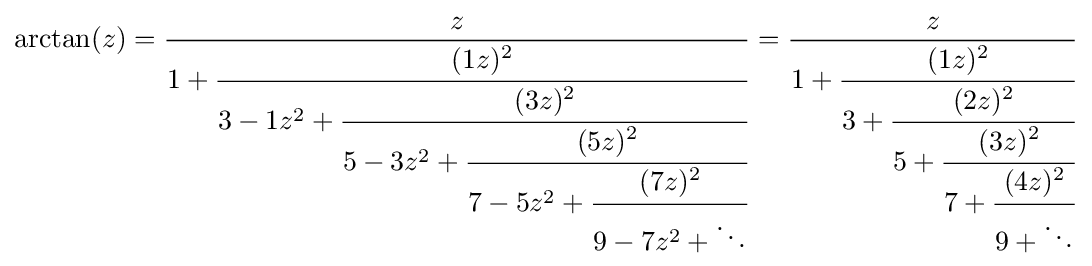
\arctan(z)={\frac {z}{1+{\cfrac {(1z)^{2}}{3-1z^{2}+{\cfrac {(3z)^{2}}{5-3z^{2}+{\cfrac {(5z)^{2}}{7-5z^{2}+{\cfrac {(7z)^{2}}{9-7z^{2}+\ddots }}}}}}}}}}={\frac {z}{1+{\cfrac {(1z)^{2}}{3+{\cfrac {(2z)^{2}}{5+{\cfrac {(3z)^{2}}{7+{\cfrac {(4z)^{2}}{9+\ddots }}}}}}}}}}